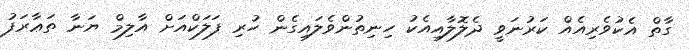
ގާތް އެކުވެރިއެއް ކަރުނަވީ ދެލޮލާއިއެކު ހިނިތުންވެލައިގެން ހުރި ފަލަކްއަށް އާލިމް ޔަނާ ތަޢާރަފު